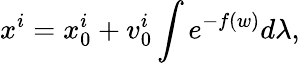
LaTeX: x^{i}=x_{0}^{i}+v_{0}^{i}\int e^{-f(w)}d\lambda,